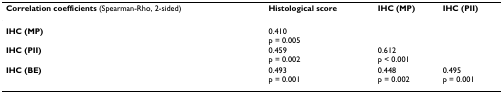
| Correlation coefficients (Spearman-Rho, 2-sided) | Histological score | IHC (MP) | IHC (PII) |
 | --- | --- | --- | --- |
 | IHC (MP) | 0.410p = 0.005 |  |  |
 | IHC (PII) | 0.459p = 0.002 | 0.612p < 0.001 |  |
 | IHC (BE) | 0.493p = 0.001 | 0.448p = 0.002 | 0.495p = 0.001 |